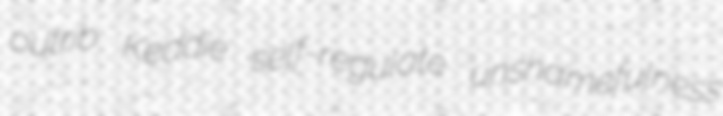
outrib Keddie self-regulate unshamefulness